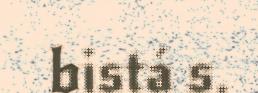
bistá s.